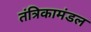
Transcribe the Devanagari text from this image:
तंत्रिकामंडल